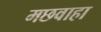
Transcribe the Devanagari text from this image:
मछवाहा